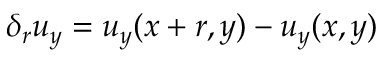
\delta _ { r } u _ { y } = u _ { y } ( x + r , y ) - u _ { y } ( x , y )